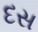
દસ